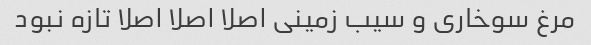
مرغ سوخاری و سیب زمینی اصلا اصلا اصلا تازه نبود